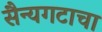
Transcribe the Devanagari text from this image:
सैन्यगटाचा